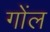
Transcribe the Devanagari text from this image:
गोंल